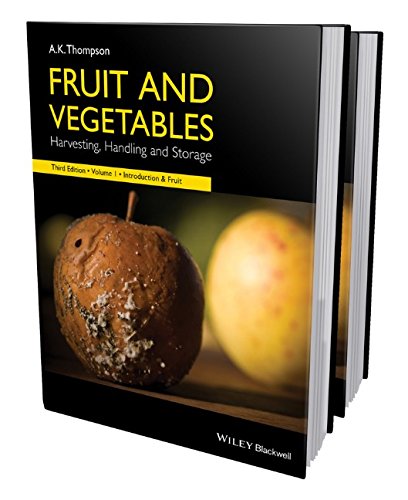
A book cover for Fruit and Vegetables: Harvesting, Handling and Storage, 2 Volume Set; Anthony Keith Thompson; Science & Math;